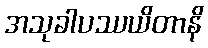
အသုခါပဿယိတာနိ